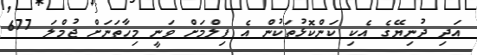
އަދި ދުނިޔޭގެ އެކި ކަންކޮޅުތަކުން އެ ފިލްމަށް ވަނީ މިހާތަނަށް ޖުމްލަ 677